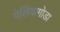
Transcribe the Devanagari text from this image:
पेलियागोडा